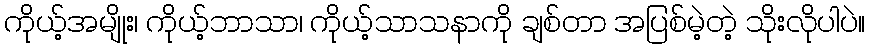
ကိုယ့်အမျိုး၊ ကိုယ့်ဘာသာ၊ ကိုယ့်သာသနာကို ချစ်တာ အပြစ်မဲ့တဲ့ သိုးလိုပါပဲ။